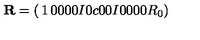
{ \bf R } = \left( \begin{matrix} { 1 } & { 0 } & { 0 } & { 0 } \\ { 0 } & { I } & { 0 } & { c } \\ { 0 } & { 0 } & { I } & { 0 } \\ { 0 } & { 0 } & { 0 } & { R _ { 0 } } \\ \end{matrix} \right)